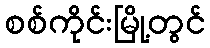
စစ်ကိုင်းမြို့တွင်